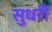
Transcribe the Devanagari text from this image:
सुधरीं